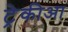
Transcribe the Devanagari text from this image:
ट्रेकीआ